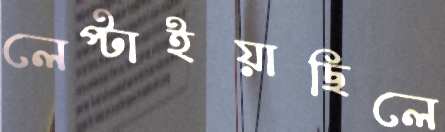
লেপ্‌টাইয়াছিলে